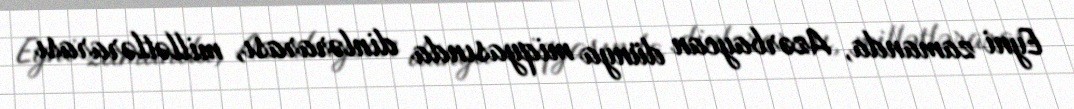
Eyni zamanda, Azərbaycan dünya miqyasında dinlərarası, millətlərarası